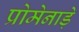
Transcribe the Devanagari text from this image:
प्रोमेनाड़े